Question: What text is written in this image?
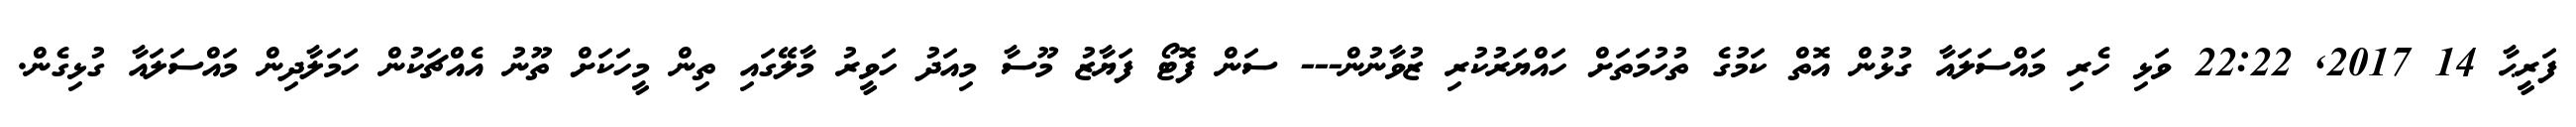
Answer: ފަރީޙާ 14 2017, 22:22 ވަޅި ހެރި މައްސަލައާ ގުޅުން އޮތް ކަމުގެ ތުހުމަތަށް ހައްޔަރުކުރި ޒުވާނުން--- ސަން ފޮޓޯ ފަޔާޒު މޫސާ މިއަދު ހަވީރު މާލޭގައި ތިން މީހަކަށް ތޫނު އެއްޗަކުން ހަމަލާދިން މައްސަލައާ ގުޅިގެން.